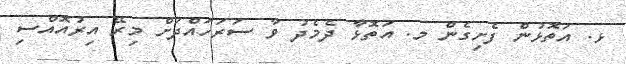
ޅ. އަތޮޅުން ފެށިގެން މ. އަތޮޅާ ދެމެދު ވާ ސަރަހައްދަށް މިރޭ އިރުއޮއްސި